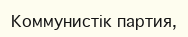
Коммунистік партия,